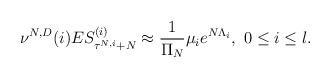
LaTeX: \begin{align*}\nu^{N,D}(i)ES^{(i)}_{\tau^{N,i}+N}\approx\frac1{\Pi_N}\mu_ie^{N\Lambda_i},\ 0\le i\le l.\end{align*}